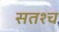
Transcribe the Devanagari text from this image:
सतश्च